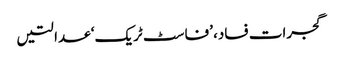
گجرات فساد، ’فاسٹ ٹریک‘ عدالتیں